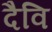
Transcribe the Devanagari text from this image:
दैवि